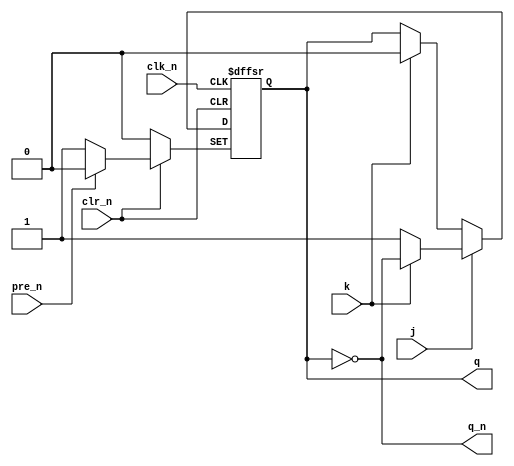
module jk_ff(
  q, q_n,
  clk_n,
  pre_n, clr_n,
  j, k
);

  output q, q_n;
  reg    q_npd;   // q output with no propagation delay
  input  clk_n;
  input  pre_n, clr_n;
  input  j, k;

  always @ (negedge clk_n or negedge pre_n or negedge clr_n)
    begin
      if (!pre_n)
        q_npd <= 1;
      else if (!clr_n)
        q_npd <= 0;
      else
        if (j)
          if (k)
            q_npd <= ~q_npd;
          else
            q_npd <= 1;
        else
          if (k)
            q_npd <= 0;
    end

  assign #2 q   = q_npd;
  assign    q_n = ~q;

endmodule